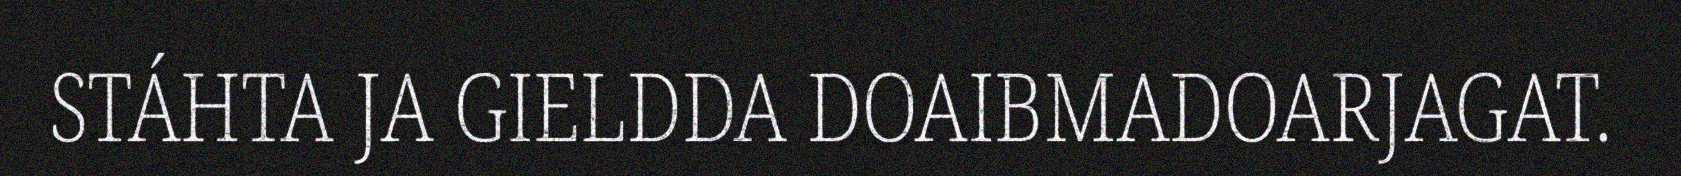
STÁHTA JA GIELDDA DOAIBMADOARJAGAT.